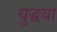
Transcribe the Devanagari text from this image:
युद्धया